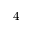
4